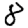
Digit: 8